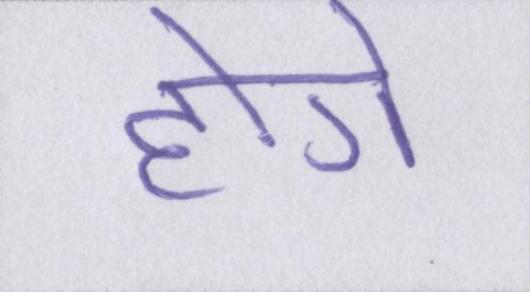
होगे